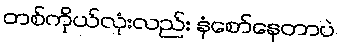
တစ်ကိုယ်လုံးလည်း နံစော်နေတာပဲ